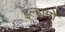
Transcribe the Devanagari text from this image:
इल्हामो